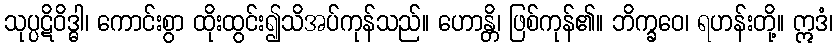
သုပ္ပဋိဝိဒ္ဓါ၊ ကောင်းစွာ ထိုးထွင်း၍သိအပ်ကုန်သည်။ ဟောန္တိ၊ ဖြစ်ကုန်၏။ ဘိက္ခဝေ၊ ရဟန်းတို့။ ဣဒံ၊